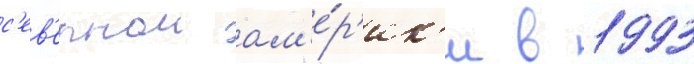
с'ев'ернои ам'е́р'ик'и в 1993